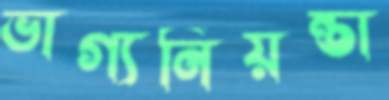
ভাগ্যনিয়ন্তা